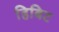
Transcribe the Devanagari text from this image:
हिबिट